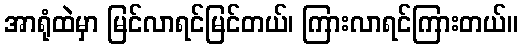
အာရုံထဲမှာ မြင်လာရင်မြင်တယ်၊ ကြားလာရင်ကြားတယ်။